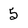
Character: 5